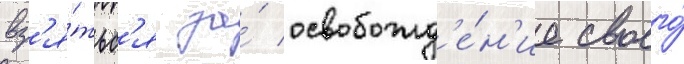
вз'я́тьс'я за́ освобожд'е́н'ие своего́